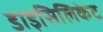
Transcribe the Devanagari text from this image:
डाइसिलिकेट